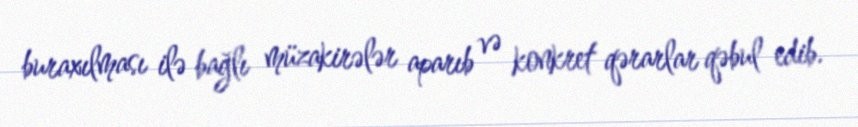
buraxılması ilə bağlı müzakirələr aparıb və konkret qərarlar qəbul edib.